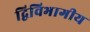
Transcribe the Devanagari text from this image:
द्विविभागीय